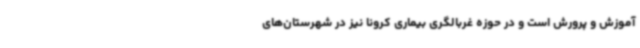
آموزش و پرورش است و در حوزه غربالگری بیماری کرونا نیز در شهرستان‌های